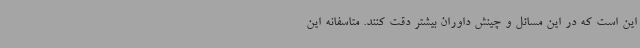
این است که در این مسائل و چینش داوران بیشتر دقت کنند. متاسفانه این